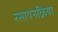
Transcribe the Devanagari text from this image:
रसायनक्रिया